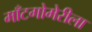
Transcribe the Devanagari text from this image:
माँटगोमेरीला